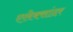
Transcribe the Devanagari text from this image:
एलेक्सांदर